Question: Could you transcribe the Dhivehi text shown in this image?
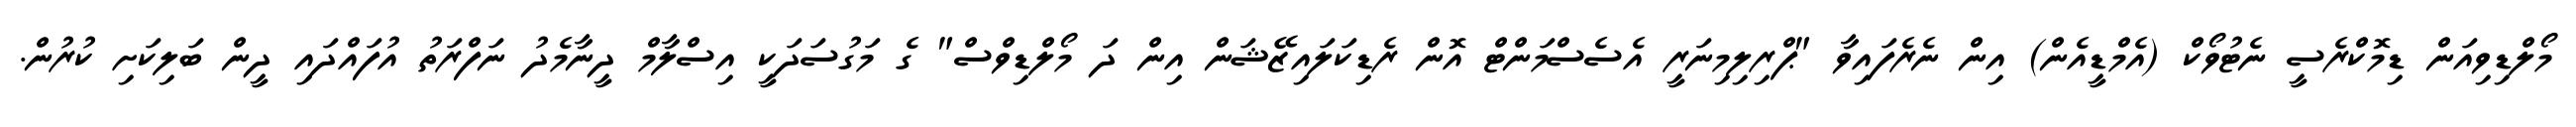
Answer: މޯލްޑިވިއަން ޑިމޮކްރެސީ ނެޓުވޯކް (އެމްޑީއެން) އިން ނެރެފައިވާ "ޕްރިލިމިނަރީ އެސެސްމަންޓް އޮން ރެޑިކަލައިޒޭޝަން އިން ދަ މޯލްޑިވްސް" ގެ މަގުސަދަކީ އިސްލާމް ދީނާމެދު ނަފްރަތު އުފައްދައި ދީން ބަލިކަށި ކުރުން.